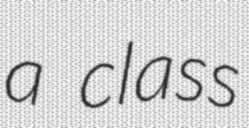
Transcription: a class